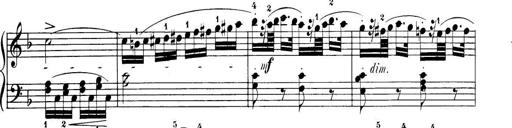
Title: 32 Sonatinas and Rondos for the Piano
Composer: Richard Kleinmichel